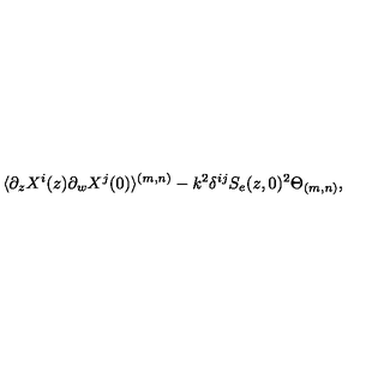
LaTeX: \langle \partial _ { z } X ^ { i } ( z ) \partial _ { w } X ^ { j } ( 0 ) \rangle ^ { ( m , n ) } - k ^ { 2 } \delta ^ { i j } S _ { e } ( z , 0 ) ^ { 2 } \Theta _ { ( m , n ) } ,